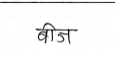
मजकूर: बीज